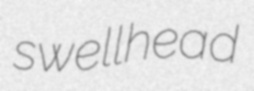
swellhead